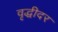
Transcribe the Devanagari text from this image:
वृद्धीदर